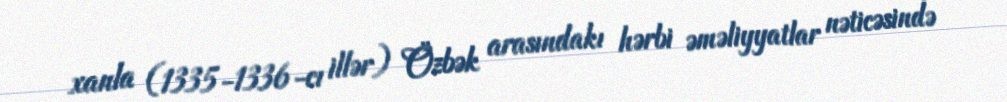
xanla (1335-1336-cı illər) Özbək arasındakı hərbi əməliyyatlar nəticəsində